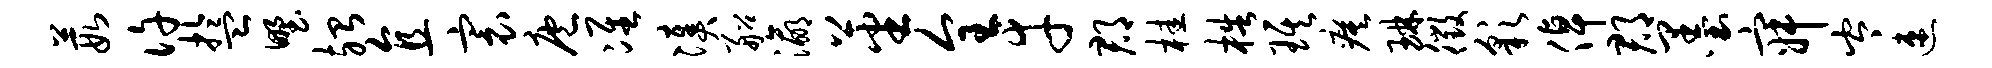
葭许盂野殆直寰庖准凑船瀛蕃全幸郡桂梏琪瘼琳徵彩倬郡墨寂岑速